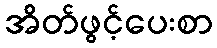
အိတ်ဖွင့်ပေးစာ